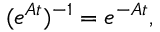
( e ^ { \boldsymbol { A } t } ) ^ { - 1 } = e ^ { - \boldsymbol { A } t } ,